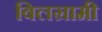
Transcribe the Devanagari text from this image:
बिलग्रामी